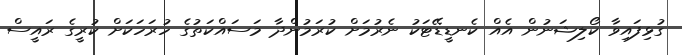
ގުޅިފައިވާ ކޯލިޝަނުން އެއް ކެނޑީޑޭޓަކު ނެރުމަށް ކުރަމުންދާ މަސައްކަތުގެ ހުރަހަކަށް ކުރީގެ ރައީސް